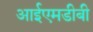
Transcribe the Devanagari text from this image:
आईएमडीबी